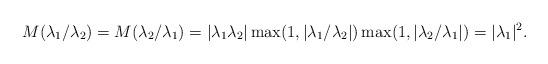
LaTeX: \begin{align*} M(\lambda_1/\lambda_2)=M(\lambda_2/\lambda_1)=|\lambda_1\lambda_2|\max(1,|\lambda_1/\lambda_2|)\max(1,|\lambda_2/\lambda_1|)=|\lambda_1|^2.\end{align*}